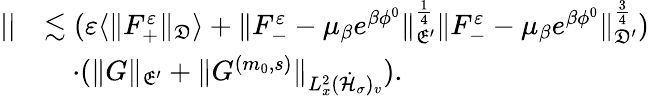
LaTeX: \begin{array}{rl}{||}&{\lesssim(\varepsilon\langle\| F_{+}^{\varepsilon}\| _{\mathfrak D}\rangle+\| F_{-}^{\varepsilon}-\mu_{\beta}e^{\beta\phi^{0}}\| _{\mathfrak E^{\prime}}^{\frac{1}{4}}\| F_{-}^{\varepsilon}-\mu_{\beta}e^{\beta\phi^{0}}\| _{\mathfrak D^{\prime}}^{\frac{3}{4}})}\\ &{\quad\cdot(\| G\| _{\mathfrak E^{\prime}}+\| G^{(m_{0},s)}\| _{L_{x}^{2}(\dot{\mathcal H}_{\sigma})_{v}}).}\end{array}